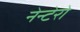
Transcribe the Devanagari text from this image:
नेन्टेरो